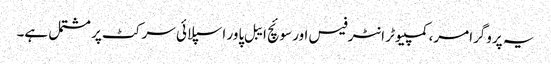
یہ پروگرامر، کمپیوٹر انٹرفیس اور سوئچ ایبل پاور اسپلائی سرکٹ پر مشتمل ہے۔